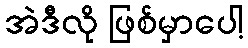
အဲဒီလို ဖြစ်မှာပေါ့